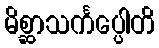
မိစ္ဆာသင်္ကပ္ပေါတိ